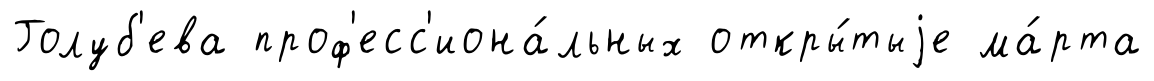
Голуб'ева проф'есс'иона́льных откры́тыjе ма́рта